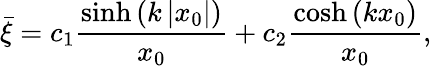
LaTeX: \bar{\xi}=c_{1}\frac{\sinh\left(k\left|x_{0}\right|\right)}{x_{0}}+c_{2}\frac{\cosh\left(kx_{0}\right)}{x_{0}},